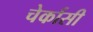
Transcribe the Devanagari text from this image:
चेर्कासी